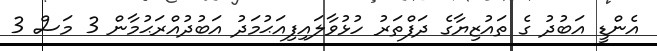
އެންޑީ އަބުދު ގެ ތައުޒިޔާގެ ދަފްތަރު ހުޅުވާލައިފިއަޙުމަދު އަބުދުއްރަޙުމާން 3 މަސް 3